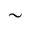
\sim